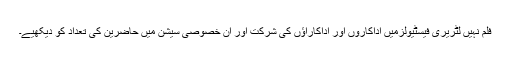
فلم نہیں لٹریری فیسٹیولزمیں اداکاروں اور اداکاراؤں کی شرکت اور ان خصوصی سیشن میں حاضرین کی تعداد کو دیکھیے۔